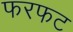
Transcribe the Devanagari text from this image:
फरफट